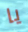
يا